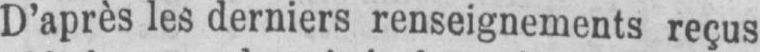
D’après les derniers renseignements reçus